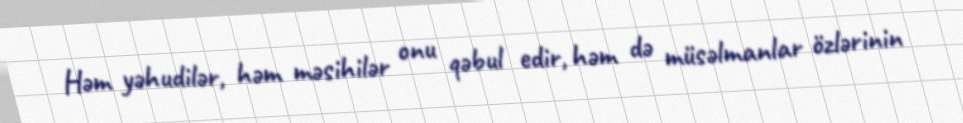
Həm yəhudilər, həm məsihilər onu qəbul edir, həm də müsəlmanlar özlərinin